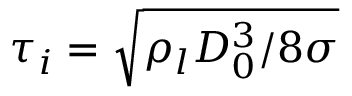
\tau _ { i } = \sqrt { \rho _ { l } D _ { 0 } ^ { 3 } / 8 \sigma }